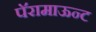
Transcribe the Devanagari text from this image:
पॅरामाऊन्ट